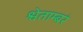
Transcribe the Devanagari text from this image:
श्वेताम्बरं